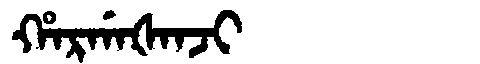
Manchu: ᡥᠠᡵᡤᠠᡧᠠᠨᠵᡳ
Romanization: HARGAŠANJI